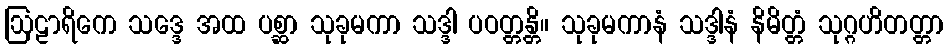
ဩဠာရိကေ သဒ္ဒေ အထ ပစ္ဆာ သုခုမကာ သဒ္ဒါ ပဝတ္တန္တိ။ သုခုမကာနံ သဒ္ဒါနံ နိမိတ္တံ သုဂ္ဂဟိတတ္တာ